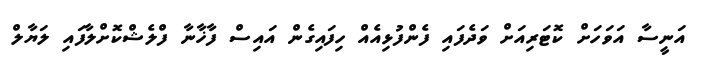
އަނީސާ އަވަހަށް ކޮޓަރިއަށް ވަދެފައި ފެންފުޅިއެއް ހިފައިގެން އައިސް ފާޚާނާ ފްލެޝްކޮށްލާފައި ލަޔާލް